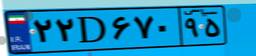
۶۹D۷۱۲۳۷